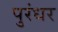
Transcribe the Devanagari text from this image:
पुरंधर